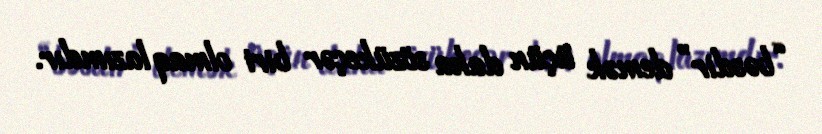
“bəsdir” demək üçün daha sözükeçər biri olmaq lazımdır.